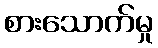
စားသောက်မှု